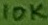
Text: 10K